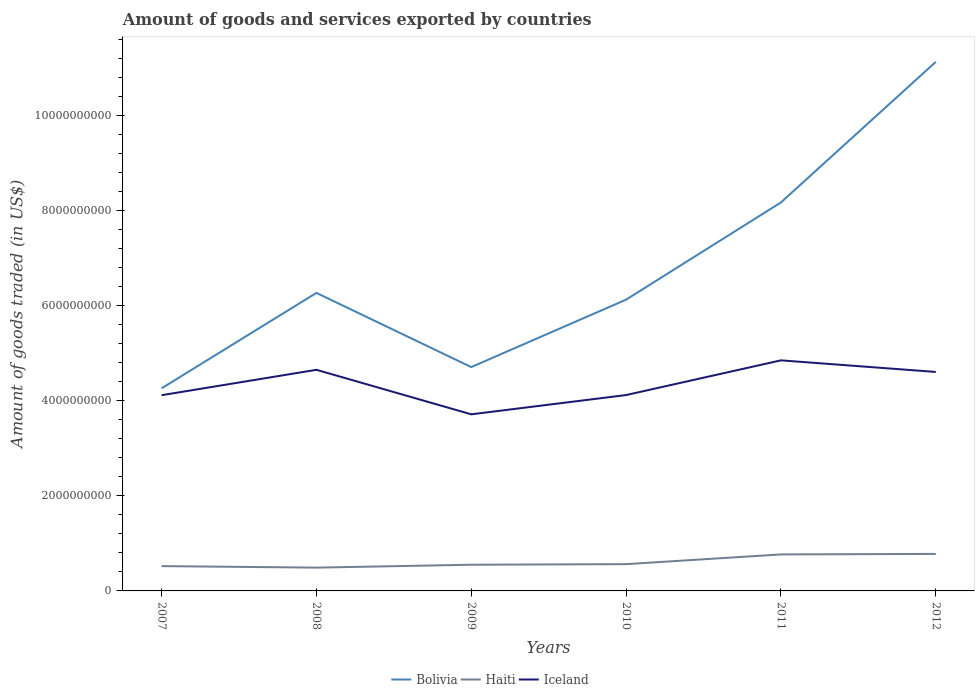
| Years | Bolivia | Haiti | Iceland |
 | --- | --- | --- | --- |
 | 2007 | 4.26e+09 | 5.22e+08 | 4.12e+09 |
 | 2008 | 6.27e+09 | 4.9e+08 | 4.65e+09 |
 | 2009 | 4.71e+09 | 5.51e+08 | 3.72e+09 |
 | 2010 | 6.13e+09 | 5.63e+08 | 4.12e+09 |
 | 2011 | 8.17e+09 | 7.68e+08 | 4.85e+09 |
 | 2012 | 1.11e+10 | 7.79e+08 | 4.61e+09 |